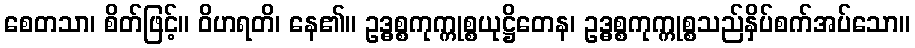
စေတသာ၊ စိတ်ဖြင့်။ ဝိဟရတိ၊ နေ၏။ ဥဒ္ဓစ္စကုက္ကုစ္စယုဋ္ဌိတေန၊ ဥဒ္ဓစ္စကုက္ကုစ္စသည်နှိပ်စက်အပ်သော။